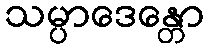
သမ္ပာဒေန္တော